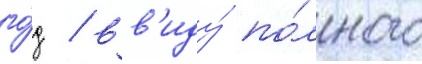
го́д / вв'иду́ по́лного